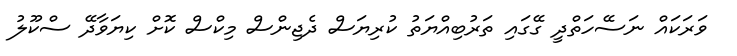
ވަރަކައް ނަސޭހަތްދީ ގޭގައި ތަރުބިއްޔަތު ކުރިޔަސް ދެޖިންސް މިކްސް ކޮށް ކިޔަވާދޭ ސްކޫލު